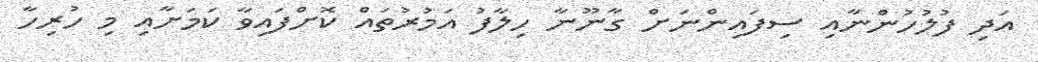
އަދި ފުލުހުންނާއި ސިފައިންނަށް ގާނޫނާ ހިލާފު އަމުރުތައް ކޮށްފައިވާ ކަމަށާއި މި ހުރިހާ